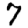
Digit: 7